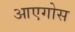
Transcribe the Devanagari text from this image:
आएगोस